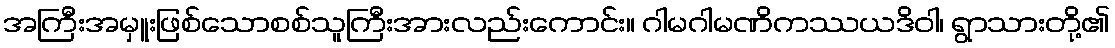
အကြီးအမှူးဖြစ်သောစစ်သူကြီးအားလည်းကောင်း။ ဂါမဂါမဏိကဿယဒိဝါ၊ ရွာသားတို့၏